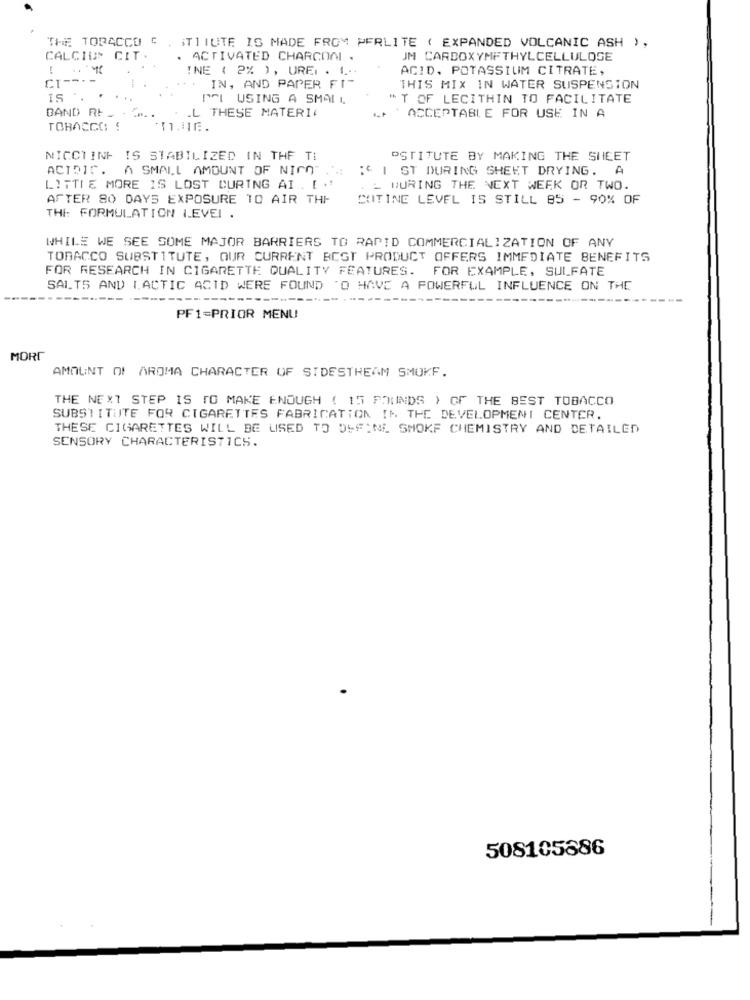
THE TOBACCO C . STITUTE IS MADE FROM PERLITE ( EXPANDED VOLCANIC ASH ) ,
CALCIUM CIT.
ACTIVATED CHARCOAL .
JM CARBOXYMETHYLCELLULOSE
-
INE ( 2% ), UREr . 1.
ACID, POTASSIUM CITRATE,
. . IN, AND PAPER FIT
THIS MIX IN WATER SUSPENSION
15 ..
PFL USING A SMALL
* T OF LECITHIN TO FACILITATE
BAND Rt ..
.L THESE MATERIA
ACCEPTABLE FOR USE IN A
TOBACCO !
I.E.
NICCTING IS STABILIZED IN THE TI
"STITUTE BY MAKING THE SHEET
ACIDIC.
A SMALL AMOUNT OF NICOT
: | ST DURING SHEET DRYING. A
LITTLE MORE IS LOST DURING AI . [ .'
. L DURING THE NEXT WEEK OR TWO.
AFTER 80 DAYS EXPOSURE TO AIR THE
COTINE LEVEL IS STILL 85 - 90% OF
THE: FORMULATION LEVEI .
WHILE WE SEE SOME MAJOR BARRIERS TO RAPID COMMERCIALIZATION OF ANY
TOBACCO SUBSTITUTE, OUR CURRENT BCGT PRODUCT OFFERS IMMEDIATE BENEFITS
FOR RESEARCH IN CIGARETTE QUALITY FEATURES. FOR EXAMPLE, SULFATE
SALT5 AND LACTIC ACID WERE FOUND TO HAVE A POWERFUL INFLUENCE ON THE
PF1=PRIOR MENU
MORT
AMOUNT OF AROMA CHARACTER OF SIDESTREAM SMOKF.
THE NEXT STEP IS TO MAKE ENOUGH ( 15 FOKUINDS ) OF THE BEST TOBACCO
SUBSTITUTE FOR CIGARETTES FABRICATION IN THE DEVELOPMENT CENTER.
THESE CIGARETTES WILL BE USED TO DEFINE SMOKE CHEMISTRY AND DETAILED
SENSORY CHARACTERISTICS.
508105886